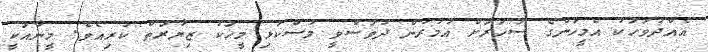
އެއްދުވަހަކު އެމީހުންގެ ސަހަރަށް އުމުރުން ދުވަސްވީ މުސްކުޅި މީހަކު ޒިޔާރަތް ކުރިއެވެ. މީނާއަކީ